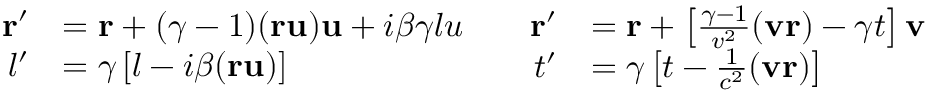
{ \begin{array} { c c } { { \begin{array} { r l } { \mathbf { r } ^ { \prime } } & { = \mathbf { r } + ( \gamma - 1 ) ( \mathbf { r u } ) \mathbf { u } + i \beta \gamma l u } \\ { l ^ { \prime } } & { = \gamma \left[ l - i \beta ( \mathbf { r u } ) \right] } \end{array} } } & { { \begin{array} { r l } { \mathbf { r } ^ { \prime } } & { = \mathbf { r } + \left[ { \frac { \gamma - 1 } { v ^ { 2 } } } ( \mathbf { v r } ) - \gamma t \right] \mathbf { v } } \\ { t ^ { \prime } } & { = \gamma \left[ t - { \frac { 1 } { c ^ { 2 } } } ( \mathbf { v r } ) \right] } \end{array} } } \end{array} }